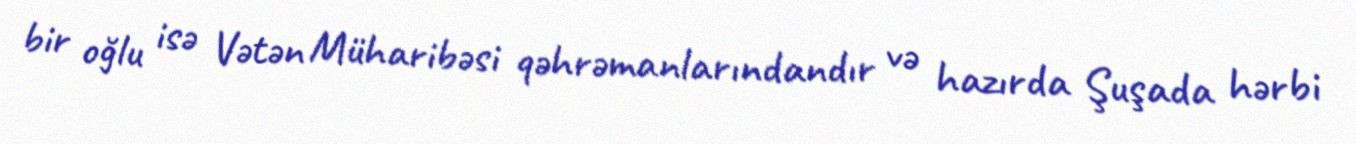
bir oğlu isə Vətən Müharibəsi qəhrəmanlarındandır və hazırda Şuşada hərbi